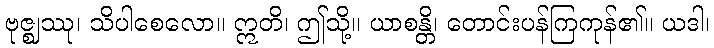
ဗုဇ္ဈဿု၊ သိပါစေလော။ ဣတိ၊ ဤသို့။ ယာစန္တိ၊ တောင်းပန်ကြကုန်၏။ ယဒါ၊